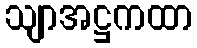
သျာအဋ္ဌကထာ